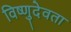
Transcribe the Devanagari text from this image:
विष्णुदेवता